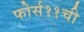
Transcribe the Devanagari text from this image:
फोर्स११ची